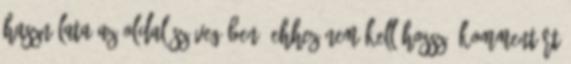
használata az oldal szövegében: ehhez nem kell hosszú kommentárt